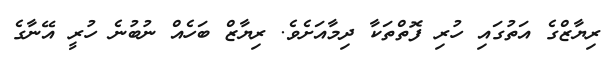
ރިޔާޒްގެ އަތުގައި ހުރި ފޮތްތަކާ ދިމާއަށެވެ. ރިޔާޒް ބަހެއް ނުބުނެ ހުރީ އޭނާގެ